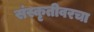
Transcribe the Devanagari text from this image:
संस्कृतीवरचा